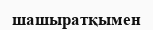
шашыратқымен